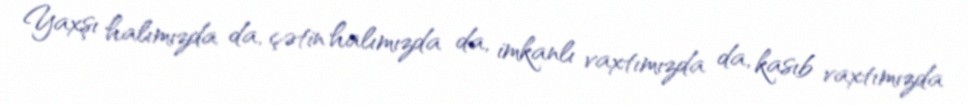
Yaxşı halımızda da, çətin halımızda da, imkanlı vaxtımızda da, kasıb vaxtımızda